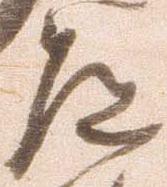
道